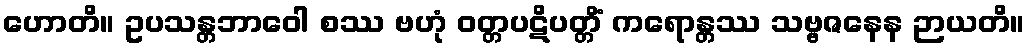
ဟောတိ။ ဥပသန္တဘာဝေါ စဿ ဗဟုံ ဝတ္တပဋိပတ္တိံ ကရောန္တဿ သဗ္ဗဇနေန ဉာယတိ။